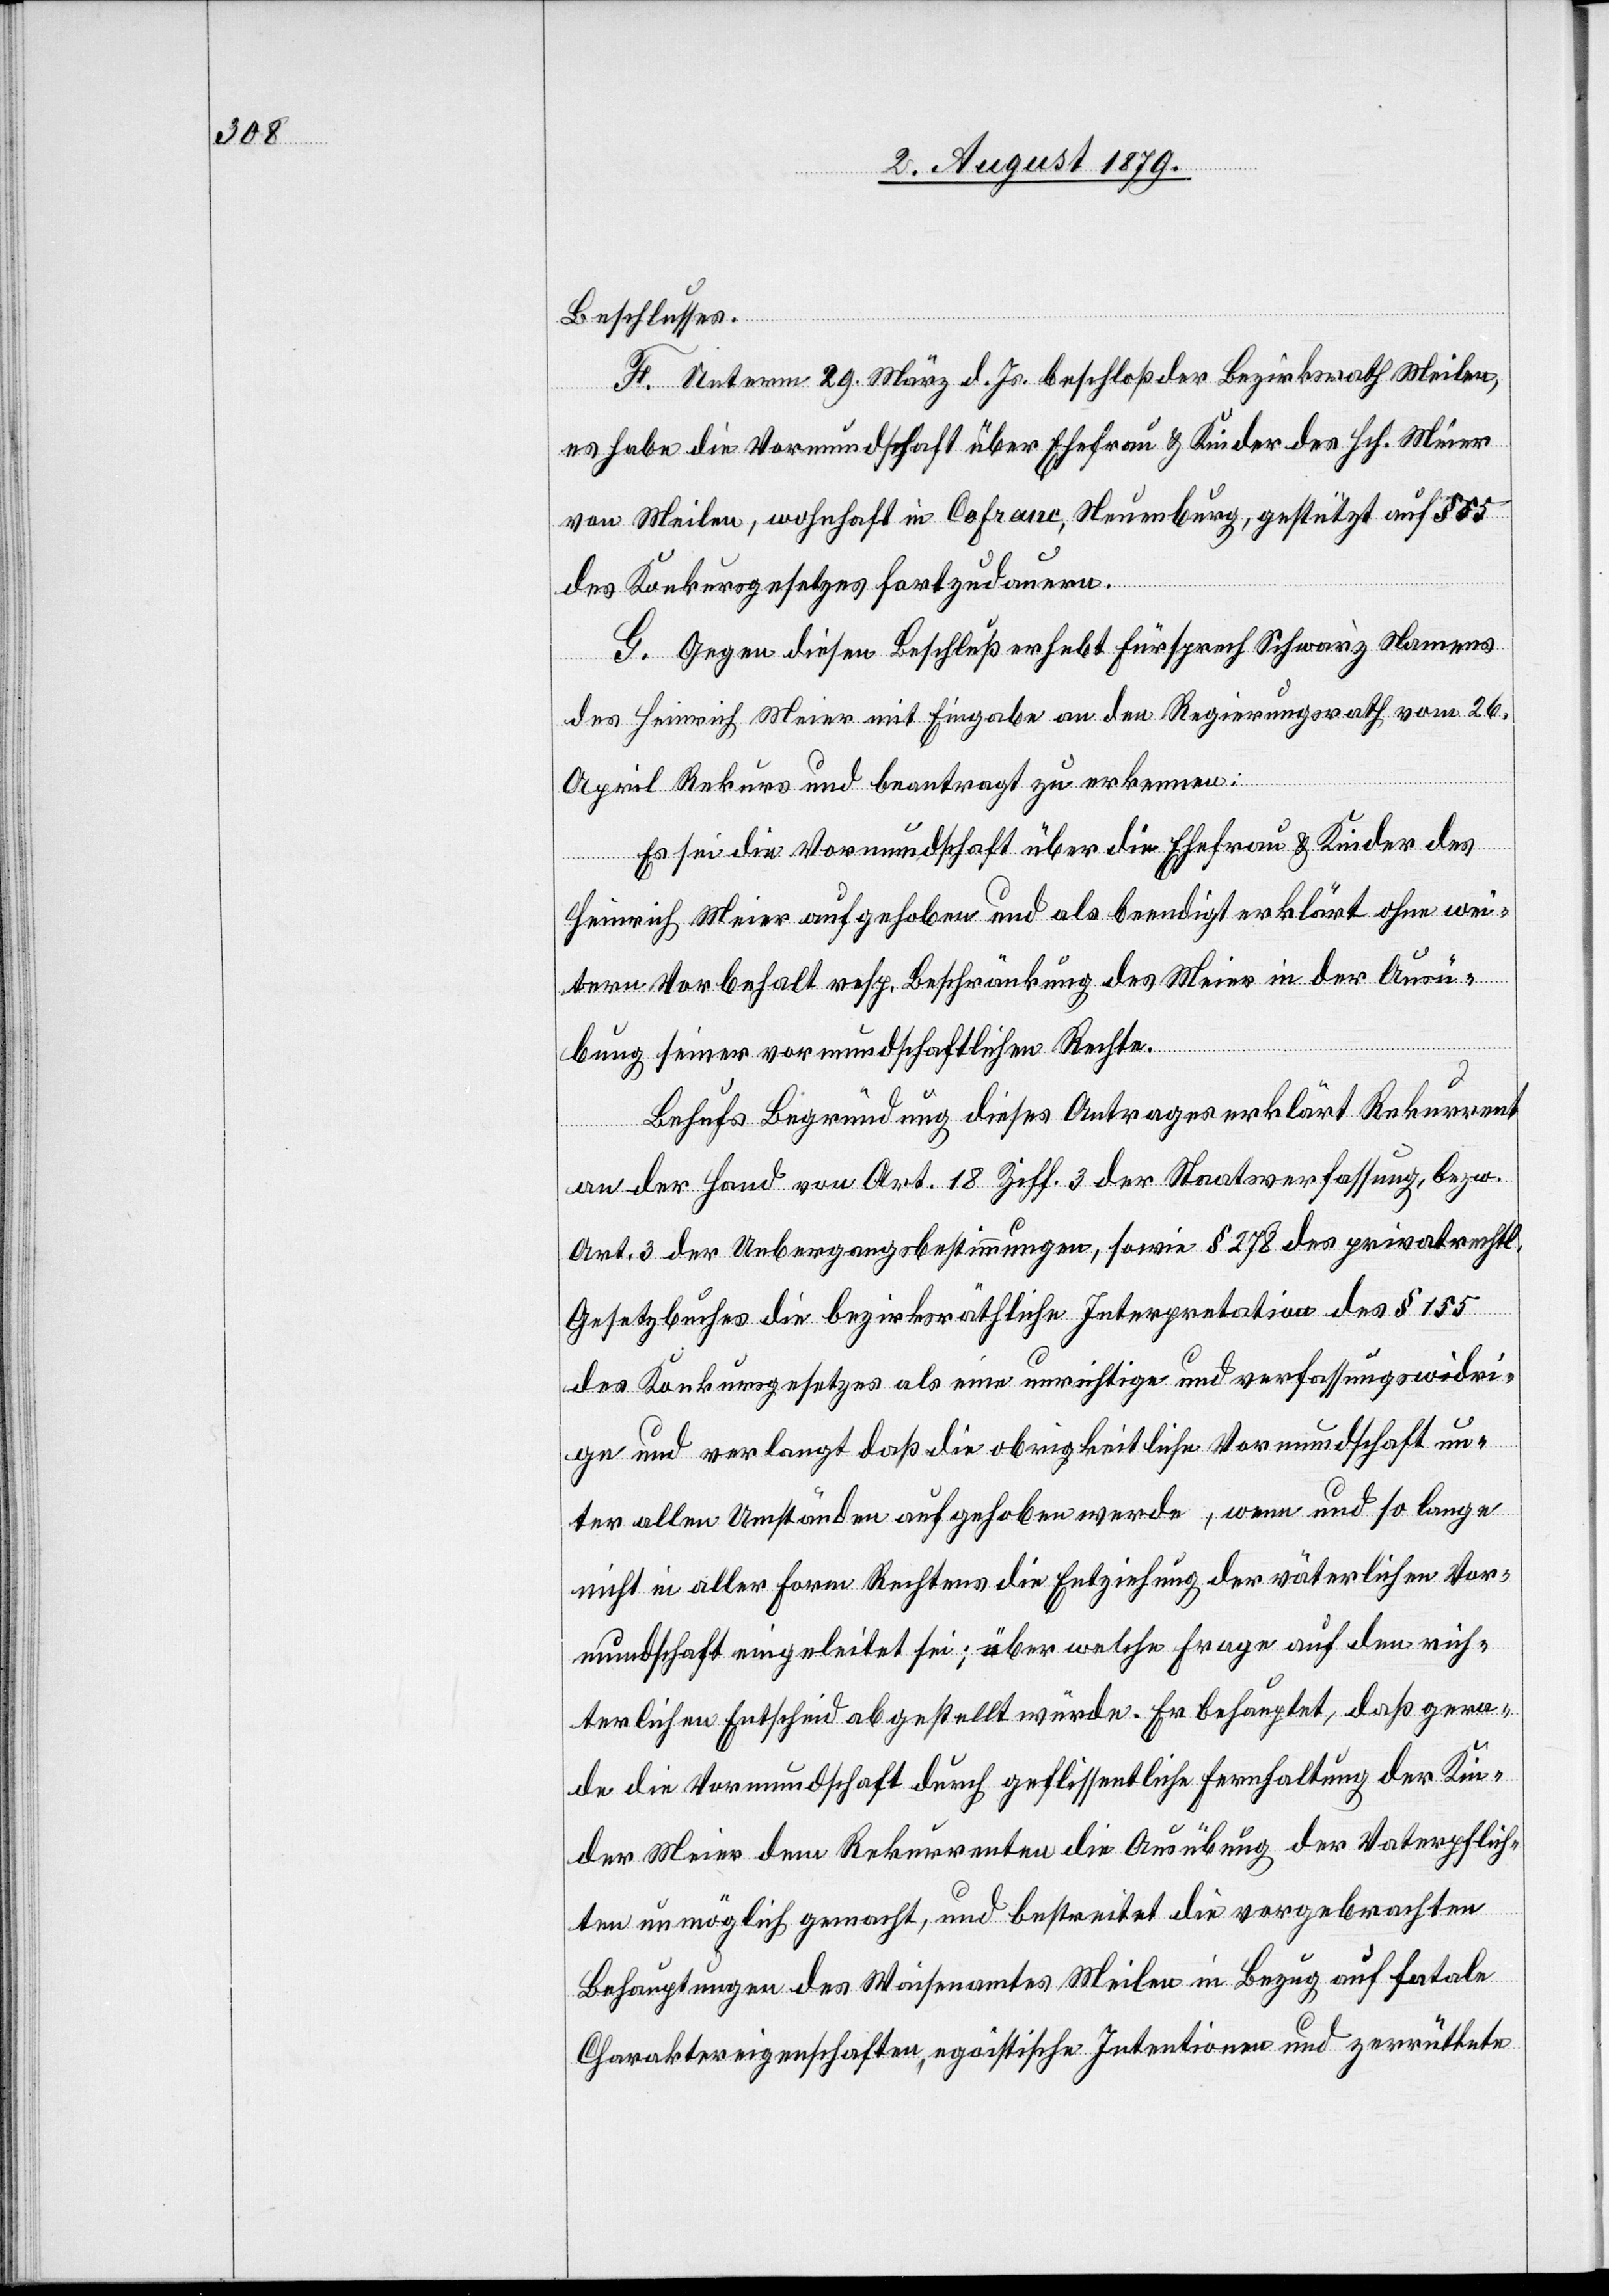
Beschlusses.
F. Unterm 29. März d. Js. beschloß der Bezirksrath Meilen,
es habe die Vormundschaft über Eherfrau & Kinder des Hch. Meier
von Meilen, wohnhaft in Cofranc, Neuenburg, gestützt auf § 55
des Konkursgesetzes fortzudauern.
G. Gegen diesen Beschluß erhebt Fürsprech Schwarz Namens
des Heinrich Meier mit Eingabe an den Regierungsrath vom 26.
April Rekurs und beantragt zu erkennen:
Es sei die Vormundschaft über die Ehefrau & Kinder des
Heinrich Meier aufgehoben und als beendigt erklärt ohne wei¬
tern Vorbehalt resp. Beschränkung des Meier in der Ausü¬
bung seiner vormundschaftlichen Rechte.
Behufs Begründung dieses Antrages erklärt Rekurrent
an der Hand von Art. 18 Ziff. 3 der Staatsverfassung, bezw.
Art. 3 der Uebergangsbestimmungen, sowie § 278 des privatrechtl.
Gesetzbuches die bezirksräthliche Interpretation des § 155
des Konkursgesetzes als eine unrichtige und verfassungswidri¬
ge und verlangt daß die obrigkeitliche Vormundschaft un¬
ter allen Umständen aufgehoben werde, wenn und so lange
nicht in aller Form Rechtens die Entziehung der väterlichen Vor¬
mundschaft eingeleitet sei; über welche Frage auf den rich¬
terlichen Entscheid abgestellt würde. Er behauptet, daß gera¬
de die Vormundschaft durch geflissentliche Fernhaltung der Kin¬
der Meier dem Rekurrenten die Ausübung der Vaterpflich¬
ten unmöglich gemacht, und bestreitet die vorgebrachten
Behauptungen des Waisenamtes Meilen in Bezug auf fatale
Charaktereigenschaften, egoistische Intentionen und zerrüttete